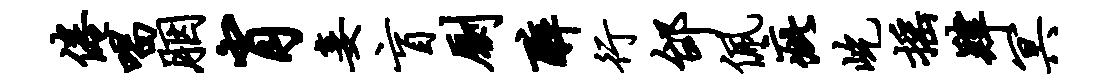
倦唱胭肖妾盲劂醉行邰佩疵屹摇肄冥